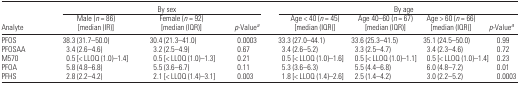
<table><thead><tr><td>[EMPTY_CELL]</td><td colspan="3"><b>By sex</b></td><td colspan="4"><b>By age</b></td></tr><tr><td><b>Analyte</b></td><td><b>Male (<i>n</i> = 86) [median (IR)]</b></td><td><b>Female (<i>n</i> = 92) [median (IQR)]</b></td><td><b><i>p</i>-Value<i><sup>a</sup></i></b></td><td><b>Age &lt; 40 (<i>n</i> = 45) [median (IQR)]</b></td><td><b>Age 40–60 (<i>n</i> = 67) [median (IQR)]</b></td><td><b>Age &gt; 60 (<i>n</i> = 66) [median (IQR)]</b></td><td><b><i>p</i>-Value<i><sup>a</sup></i></b></td></tr></thead><tbody><tr><td>PFOS</td><td>38.3 (31.7–50.0)</td><td>30.4 (21.3–41.0)</td><td>0.0003</td><td>33.3 (27.0–44.1)</td><td>33.6 (25.3–41.5)</td><td>35.1 (24.5–50.0)</td><td>0.99</td></tr><tr><td>PFOSAA</td><td>3.4 (2.6–4.6)</td><td>3.2 (2.5–4.9)</td><td>0.67</td><td>3.4 (2.6–5.2)</td><td>3.3 (2.5–4.7)</td><td>3.4 (2.3–4.6)</td><td>0.72</td></tr><tr><td>M570</td><td>0.5 [&lt; LLOQ (1.0)–1.4]</td><td>0.5 [&lt; LLOQ (1.0)–1.3]</td><td>0.21</td><td>0.5 [&lt; LLOQ (1.0)–1.6]</td><td>0.5 [&lt; LLOQ (1.0)–1.1]</td><td>0.5 [&lt; LLOQ (1.0)–1.4]</td><td>0.23</td></tr><tr><td>PFOA</td><td>5.8 (4.8–6.8)</td><td>5.5 (3.6–6.7)</td><td>0.11</td><td>5.3 (3.6–6.3)</td><td>5.5 (4.4–6.8)</td><td>6.0 (4.8–7.2)</td><td>0.01</td></tr><tr><td>PFHS</td><td>2.8 (2.2–4.2)</td><td>2.1 [&lt; LLOQ (1.4)–3.1]</td><td>0.003</td><td>1.8 [&lt; LLOQ (1.4)–2.6]</td><td>2.5 (1.4–4.2)</td><td>3.0 (2.2–5.2)</td><td>0.0003</td></tr></tbody></table>